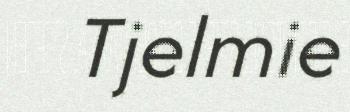
Tjelmie